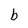
Character: b